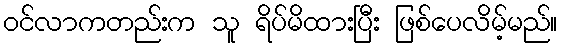
ဝင်လာကတည်းက သူ ရိပ်မိထားပြီး ဖြစ်ပေလိမ့်မည်။